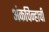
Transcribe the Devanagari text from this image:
अंकचिन्हाची